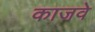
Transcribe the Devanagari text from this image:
काजवे